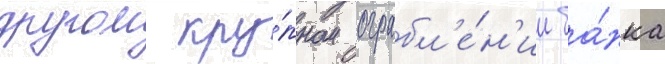
другом кру́пном ограбл'е́н'ии ба́нка